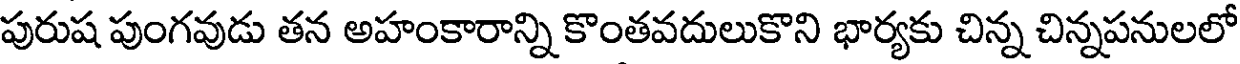
పురుష పుంగవుడు తన అహంకారాన్ని కొంతవదులుకొని భార్యకు చిన్న చిన్నపనులలో